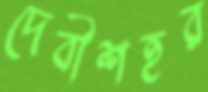
দেবীশহর